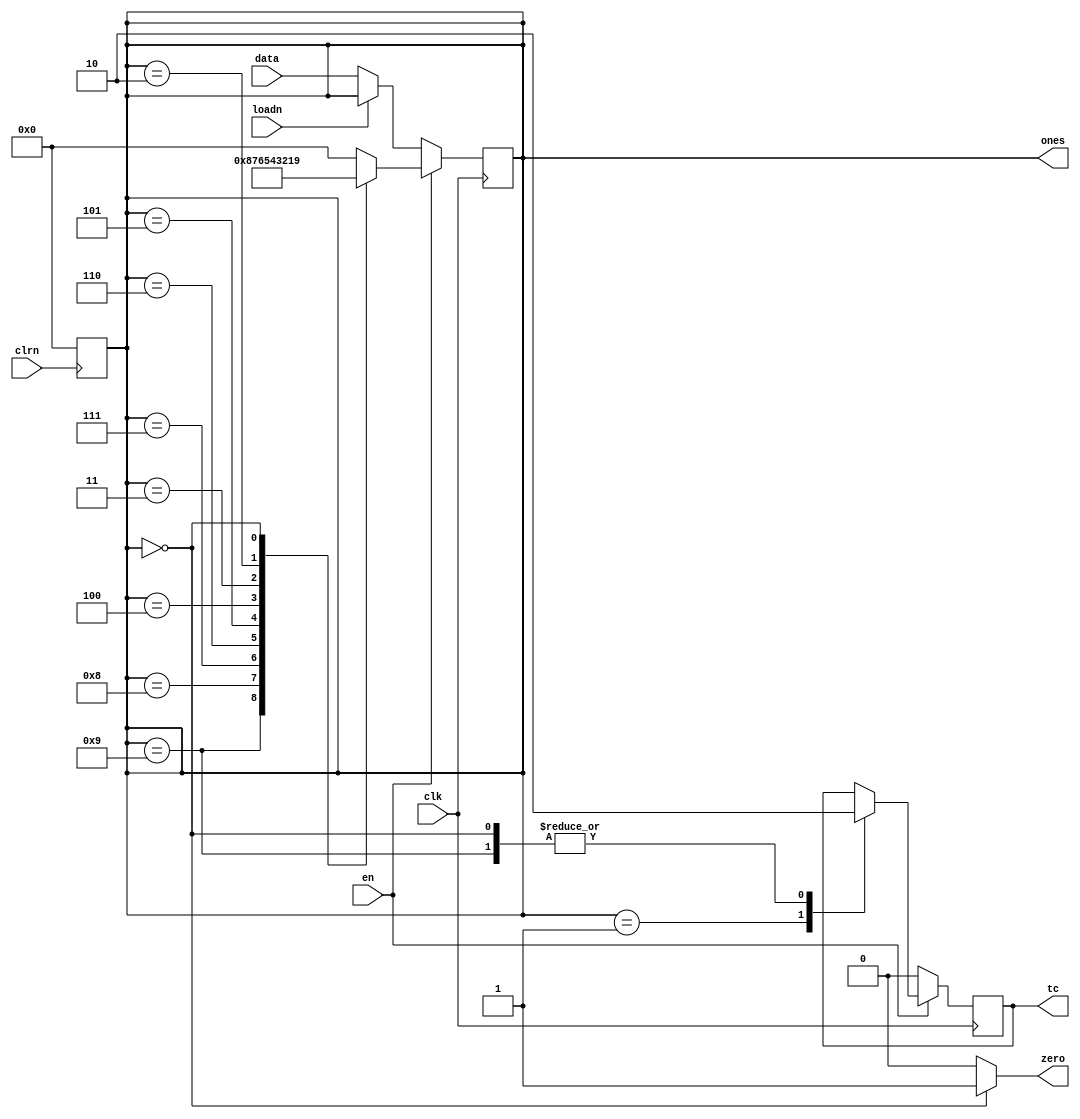
module countermod10 (
    input wire [3:0] data,
    input wire loadn,
    input wire clrn,
    input wire clk,
    input wire en,
    output reg [3:0] ones,
    output reg tc,
    output wire zero
);

initial begin
    tc = 0;
end

always @ (negedge clrn)
begin
    ones = 4'b0000;
end

assign zero = (ones == 4'b0000) ? 1'b1 : 1'b0;

always @ (posedge clk)
begin
    if (en) 
        case (ones)
            4'b1001: begin
                ones <= 4'b1000;
                tc <= 1'b0;
            end
            4'b1000: ones <= 4'b0111; // 8 -> 7
            4'b0111: ones <= 4'b0110; // 7 -> 6
            4'b0110: ones <= 4'b0101; // 6 -> 5
            4'b0101: ones <= 4'b0100; // 5 -> 4
            4'b0100: ones <= 4'b0011; // 4 -> 3
            4'b0011: ones <= 4'b0010; // 3 -> 2
            4'b0010: ones <= 4'b0001; // 2 -> 1
            4'b0001: begin 
                ones <= 4'b0000;
                tc <= 1'b1;
            end  // 1 -> 0
            4'b0000: begin
                ones <= 4'b1001;
                tc <= 1'b0;
            end // 0 -> 9
            default: ones <= 4'b0000;
        endcase

    else begin
        tc <= 0;

        if(!loadn)
            ones <= data;
        
    end
end
endmodule